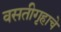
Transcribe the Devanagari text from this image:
वसतीगृहाचे